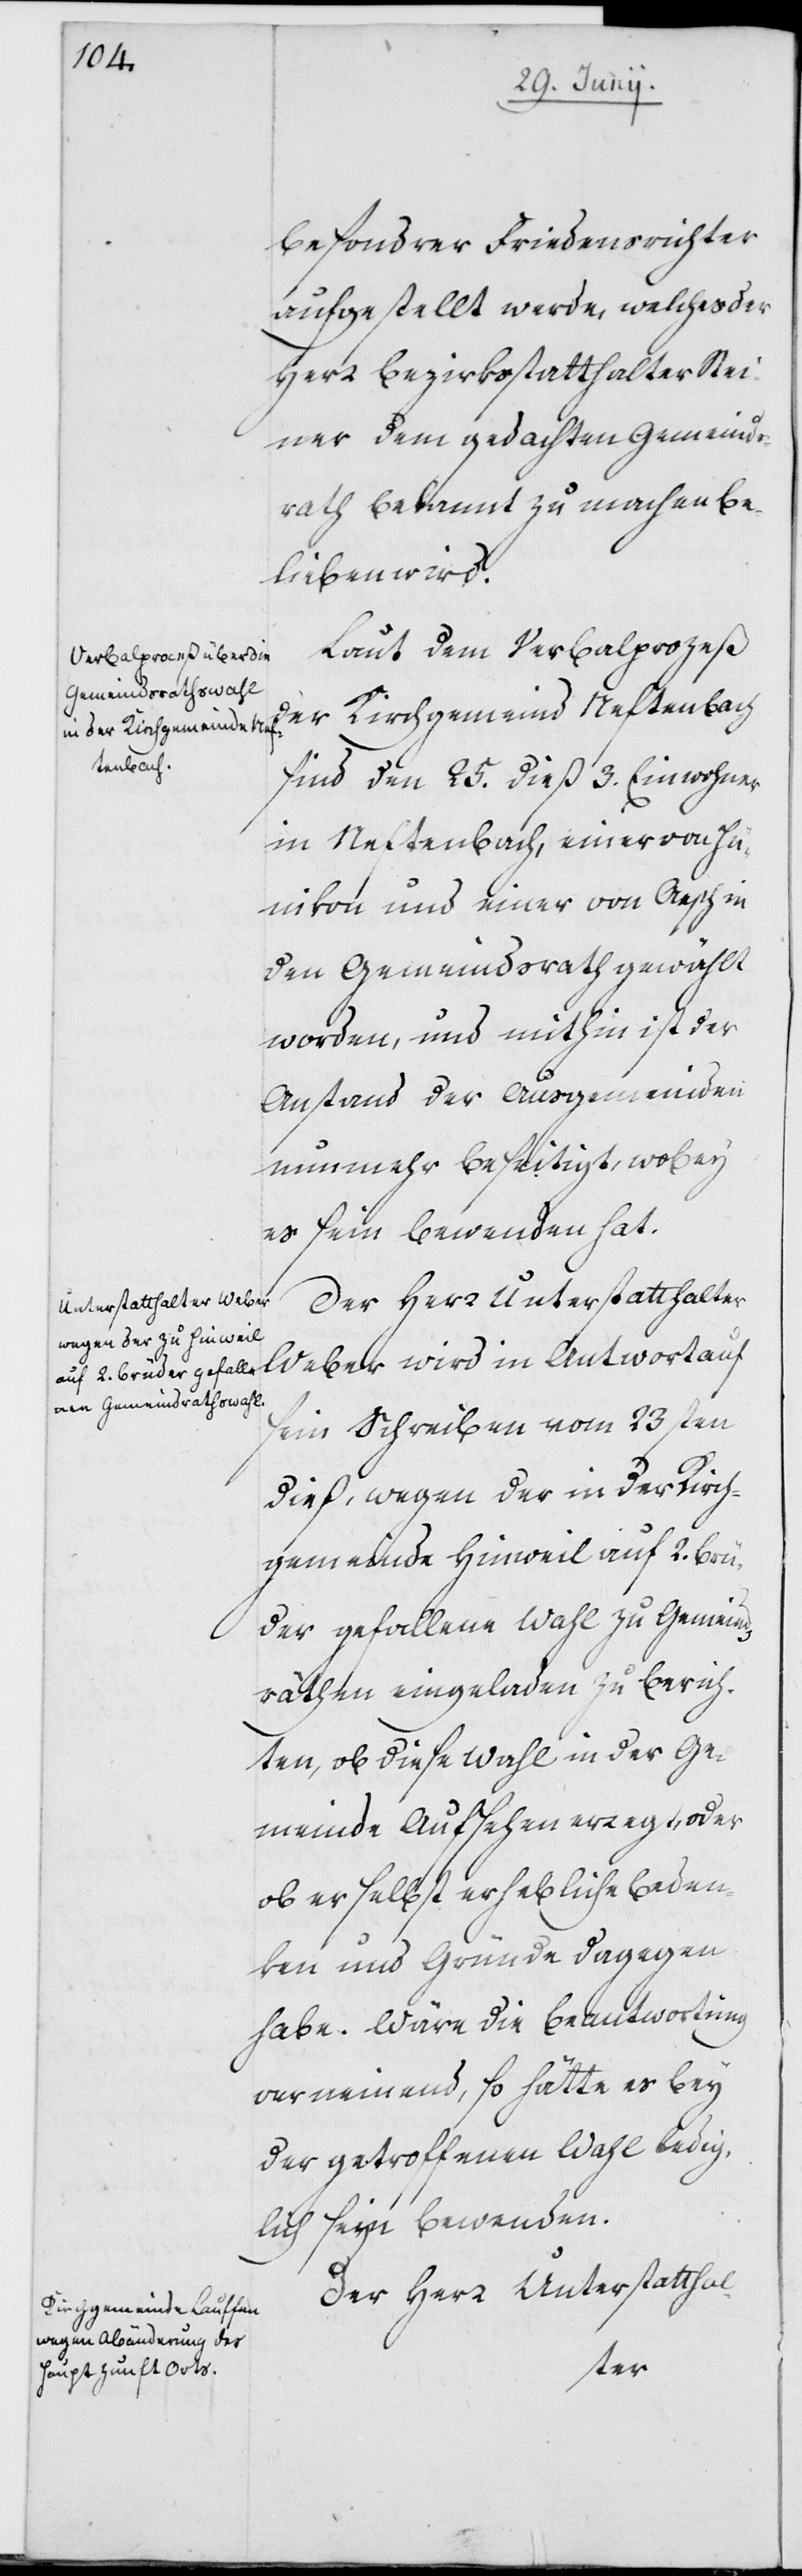
besondrer Friedensrichter
aufgestellt werde, welches der
Herr Bezirksstatthalter Stei¬
ner dem gedachten Gemeinds¬
rath bekannt zu machen be¬
lieben wird.
Laut dem Verbalprozeß
der Kirchgemeind Neftenbach
sind den 25. dieß 3. Einwohner
in Neftenbach, einer von Hü¬
nikon und einer von Aesch in
den Gemeindsrath gewählt
worden, und mithin ist der
Anstand der Ausgemeinden
nunmehr beseitigt, wobey
es sein Bewenden hat.
Der Herr Unterstatthalter
sein Schreiben vom 23sten
dieß, wegen der in der Kirch¬
gemeinde Hinweil auf 2. Brü¬
der gefallene Wahl zu Gemeinds¬
räthen eingeladen zu berich¬
ten, ob diese Wahl in der Ge¬
meinde Aufsehen erregt, oder
ob er selbst erhebliche Beden¬
ken und Gründe dagegen
habe. Wäre die Beantwortung
verneinend, so hätte es bey
der getroffenen Wahl ledig¬
lich seyn Bewenden.
Der Herr Unterstatthal-